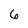
Character: 6